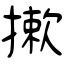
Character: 摗